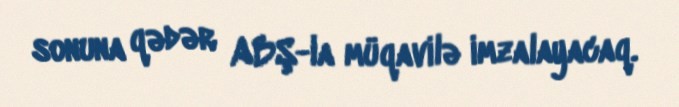
sonuna qədər ABŞ-la müqavilə imzalayacaq.